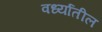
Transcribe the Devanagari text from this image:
वर्ध्यातील